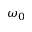
\omega _ { 0 }